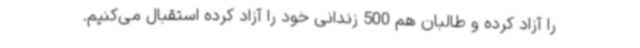
را آزاد کرده و طالبان هم 500 زندانی خود را آزاد کرده استقبال می‌کنیم.